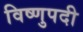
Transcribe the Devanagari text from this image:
विष्णुपदी